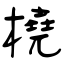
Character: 橈